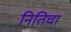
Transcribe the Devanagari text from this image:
नितिचा